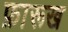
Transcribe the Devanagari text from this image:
फ़ारूख